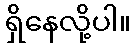
ရှိနေလို့ပါ။